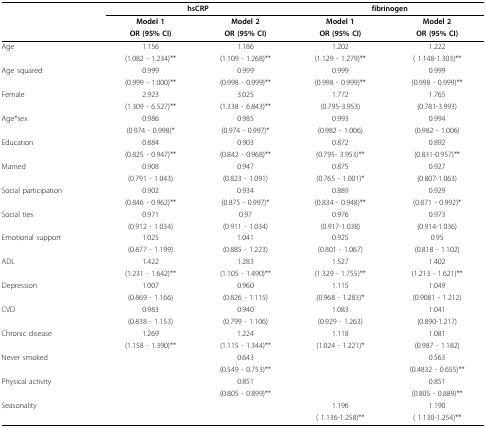
<table><thead><tr><td></td><td colspan="2"><b>hsCRP</b></td><td colspan="2"><b>fibrinogen</b></td></tr><tr><td></td><td><b>Model 1</b></td><td><b>Model 2</b></td><td><b>Model 1</b></td><td><b>Model 2</b></td></tr><tr><td></td><td><b>OR(95% CI)</b></td><td><b>OR(95% CI)</b></td><td><b>OR(95% CI)</b></td><td><b>OR(95% CI)</b></td></tr></thead><tbody><tr><td>Age</td><td>1.156</td><td>1.186</td><td>1.202</td><td>1.222</td></tr><tr><td></td><td>(1.082 - 1.234)**</td><td>(1.109 - 1.268)**</td><td>(1.129 - 1.279)**</td><td>( 1.148-1.303)**</td></tr><tr><td>Age squared</td><td>0.999</td><td>0.999</td><td>0.999</td><td>0.999</td></tr><tr><td></td><td>(0.999 - 1.000)**</td><td>(0.998 - 0.999)**</td><td>(0.998 - 0.999)**</td><td>(0.998 - 0.999)**</td></tr><tr><td>Female</td><td>2.923</td><td>3.025</td><td>1.772</td><td>1.765</td></tr><tr><td></td><td>(1.309 - 6.527)**</td><td>(1.338 - 6.843)**</td><td>(0.795-3.953)</td><td>(0.781-3.993)</td></tr><tr><td>Age*sex</td><td>0.986</td><td>0.985</td><td>0.993</td><td>0.994</td></tr><tr><td></td><td>(0.974 - 0.998)*</td><td>(0.974 - 0.997)*</td><td>(0.982 - 1.006)</td><td>(0.982 - 1.006)</td></tr><tr><td>Education</td><td>0.884</td><td>0.903</td><td>0.872</td><td>0.892</td></tr><tr><td></td><td>(0.825 - 0.947)**</td><td>(0.842 - 0.968)**</td><td>(0.795- 3.953)**</td><td>(0.831-0.957)**</td></tr><tr><td>Married</td><td>0.908</td><td>0.947</td><td>0.875</td><td>0.927</td></tr><tr><td></td><td>(0.791 - 1.043)</td><td>(0.823 - 1.091)</td><td>(0.765 - 1.001)*</td><td>(0.807-1.063)</td></tr><tr><td>Social participation</td><td>0.902</td><td>0.934</td><td>0.889</td><td>0.929</td></tr><tr><td></td><td>(0.846 - 0.962)**</td><td>(0.875 - 0.997)*</td><td>(0.834 - 0.948)**</td><td>(0.871 - 0.992)*</td></tr><tr><td>Social ties</td><td>0.971</td><td>0.97</td><td>0.976</td><td>0.973</td></tr><tr><td></td><td>(0.912 - 1.034)</td><td>(0.911 - 1.034)</td><td>(0.917-1.038)</td><td>(0.914-1.036)</td></tr><tr><td>Emotional support</td><td>1.025</td><td>1.041</td><td>0.925</td><td>0.95</td></tr><tr><td></td><td>(0.877 - 1.199)</td><td>(0.885 - 1.223)</td><td>(0.801 - 1.067)</td><td>(0.818 - 1.102)</td></tr><tr><td>ADL</td><td>1.422</td><td>1.283</td><td>1.527</td><td>1.402</td></tr><tr><td></td><td>(1.231 - 1.642)**</td><td>(1.105 - 1.490)**</td><td>(1.329 - 1.755)**</td><td>(1.213 - 1.621)**</td></tr><tr><td>Depression</td><td>1.007</td><td>0.960</td><td>1.115</td><td>1.049</td></tr><tr><td></td><td>(0.869 - 1.166)</td><td>(0.826 - 1.115)</td><td>(0.968 - 1.283)*</td><td>(0.9081 - 1.212)</td></tr><tr><td>CVD</td><td>0.983</td><td>0.940</td><td>1.083</td><td>1.041</td></tr><tr><td></td><td>(0.838 - 1.153)</td><td>(0.799 - 1.106)</td><td>(0.929 - 1.263)</td><td>(0.890-1.217)</td></tr><tr><td>Chronic disease</td><td>1.269</td><td>1.224</td><td>1.118</td><td>1.081</td></tr><tr><td></td><td>(1.158 - 1.390)**</td><td>(1.115 - 1.344)**</td><td>(1.024 - 1.221)*</td><td>(0.987 - 1.182)</td></tr><tr><td>Never smoked</td><td></td><td>0.643</td><td></td><td>0.563</td></tr><tr><td></td><td></td><td>(0.549 - 0.753)**</td><td></td><td>(0.4832 - 0.655)**</td></tr><tr><td>Physical activity</td><td></td><td>0.851</td><td></td><td>0.851</td></tr><tr><td></td><td></td><td>(0.805 - 0.899)**</td><td></td><td>(0.805 - 0.889)**</td></tr><tr><td>Seasonality</td><td></td><td></td><td>1.196</td><td>1.190</td></tr><tr><td></td><td></td><td></td><td>( 1.136-1.258)**</td><td>( 1.130-1.254)**</td></tr></tbody></table>